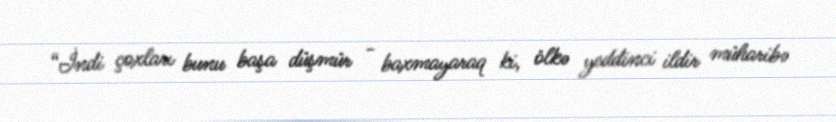
“İndi çoxları bunu başa düşmür - baxmayaraq ki, ölkə yeddinci ildir müharibə